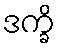
ဒက္ခိ